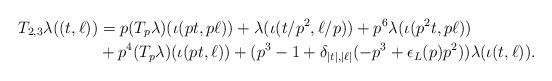
LaTeX: \begin{align*}T_{2,3} \lambda((t,\ell)) &=p(T_p\lambda)(\iota(pt,p\ell)) + \lambda(\iota(t/p^2,\ell/p)) + p^6\lambda(\iota(p^2t,p\ell)) \\ &+p^4(T_p\lambda)(\iota(pt,\ell)) + (p^3-1 + \delta_{|t|,|\ell|}(-p^3 + \epsilon_L(p)p^2))\lambda(\iota(t,\ell)).\end{align*}